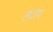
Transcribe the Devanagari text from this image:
लेउंग